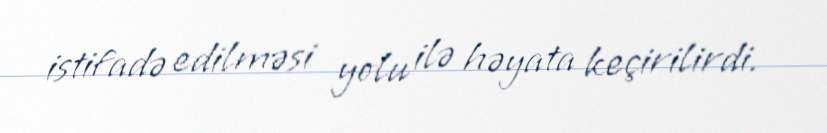
istifadə edilməsi yolu ilə həyata keçirilirdi.